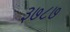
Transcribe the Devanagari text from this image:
३७८७